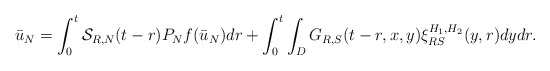
\begin{align*}\bar{u}_{N}=\int_{0}^{t}\mathcal{S}_{R,N}(t-r)P_{N}f(\bar{u}_{N})dr+\int_{0}^{t}\int_{D}G_{R,S}(t-r,x,y)\xi_{RS}^{H_{1},H_{2}}(y,r)dydr.\end{align*}